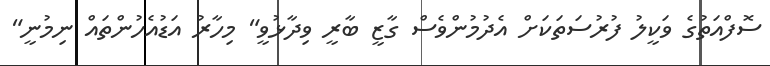
ސޮފްއަތުގެ ވަކީލު ފުރުސަތަކަށް އެދުމުންވެސް ގާޒީ ބާރީ ވިދާޅުވީ" މިހާރު އަޑުއެހުންތައް ނިމުނީ"